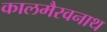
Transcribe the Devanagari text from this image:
कालमैरवनाथ